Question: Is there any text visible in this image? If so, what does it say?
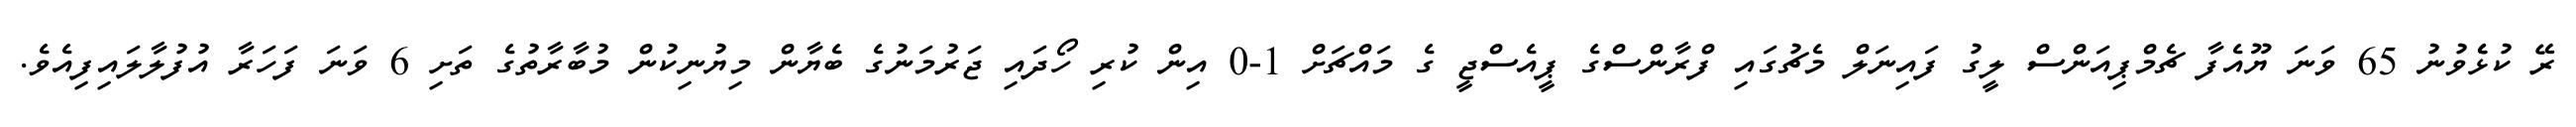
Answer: ރޭ ކުޅެެވުނު 65 ވަނަ ޔޫއެފާ ޗެމްޕިއަންސް ލީގު ފައިނަލް މެޗުގައި ފްރާންސްގެ ޕީއެސްޖީ ގެ މައްޗަށް 1-0 އިން ކުރި ހޯދައި ޖަރުމަނުގެ ބެޔާން މިޔުނިކުން މުބާރާތުގެ ތަށި 6 ވަނަ ފަހަރާ އުފުލާލައިފިއެވެ.